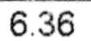
6.36